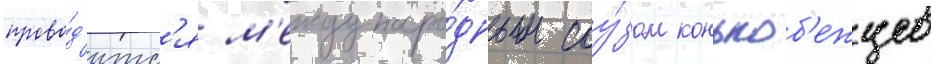
прово́д'итс'я м'еждунаро́дным соу́зом конькоб'ежцев